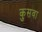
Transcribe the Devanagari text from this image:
कुसवा